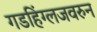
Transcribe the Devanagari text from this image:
गडहिंग्लजवरुन